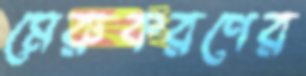
মেরুকরণের